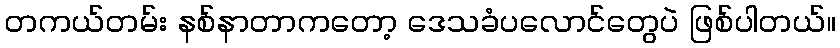
တကယ်တမ်း နစ်နာတာကတော့ ဒေသခံပလောင်တွေပဲ ဖြစ်ပါတယ်။